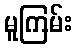
မူကြမ်း